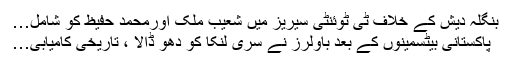
بنگلہ دیش کے خلاف ٹی ٹوئنٹی سیریز میں شعیب ملک اورمحمد حفیظ کو شامل…
پاکستانی بیٹسمینوں کے بعد باولرز نے سری لنکا کو دھو ڈالا ، تاریخی کامیابی…